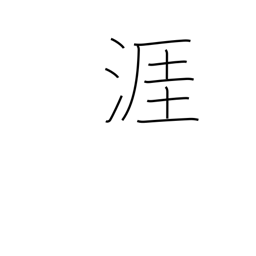
Meaning: shore